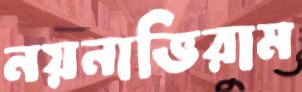
নয়নাভিরাম